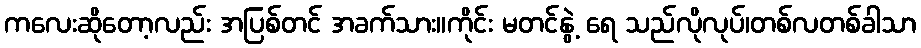
ကလေးဆိုတော့လည်း အပြစ်တင် အခက်သား။ကိုင်း မတင်နွဲ့ ရေ သည်လိုလုပ်၊တစ်လတစ်ခါသာ